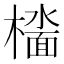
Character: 𫞑